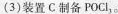
(3)装置C制备POCl_{3}。